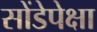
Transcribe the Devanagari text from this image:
सोंडेपेक्षा